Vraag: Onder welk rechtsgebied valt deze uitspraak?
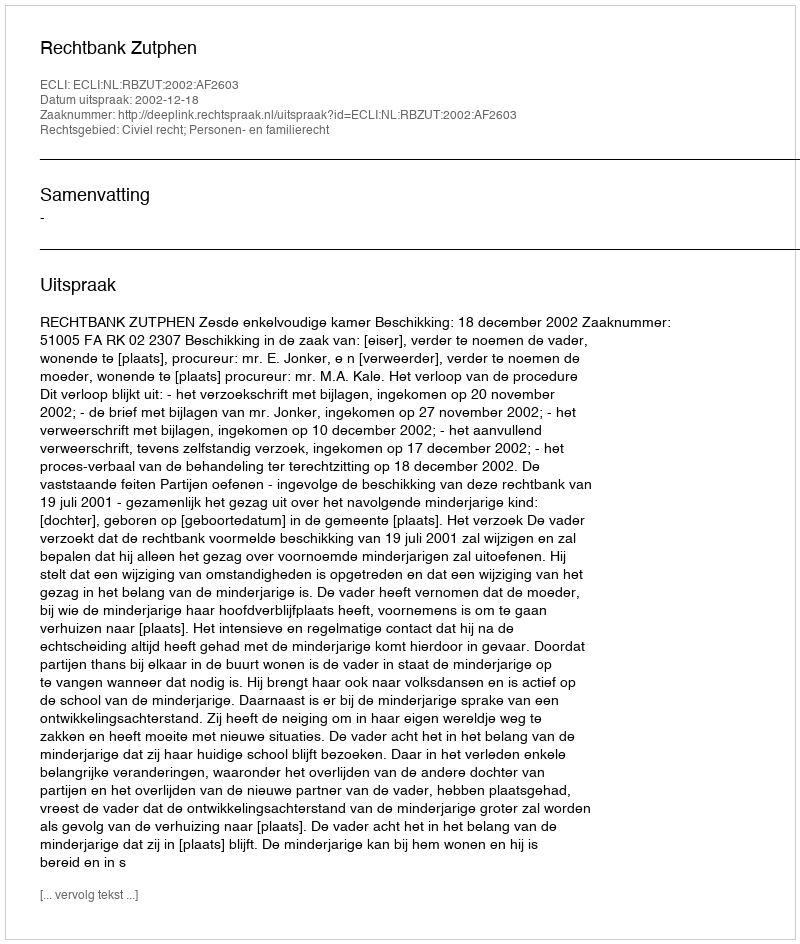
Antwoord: Civiel recht; Personen- en familierecht